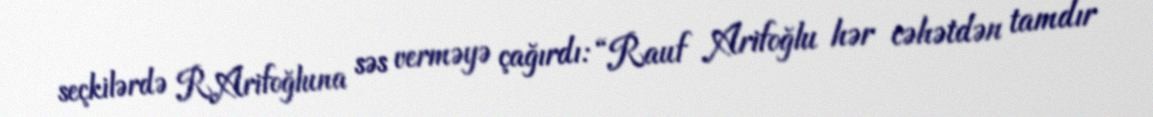
seçkilərdə R.Arifoğluna səs verməyə çağırdı: “Rauf Arifoğlu hər cəhətdən tamdır